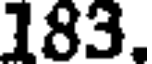
183.